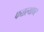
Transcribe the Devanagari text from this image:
फळल्यावर